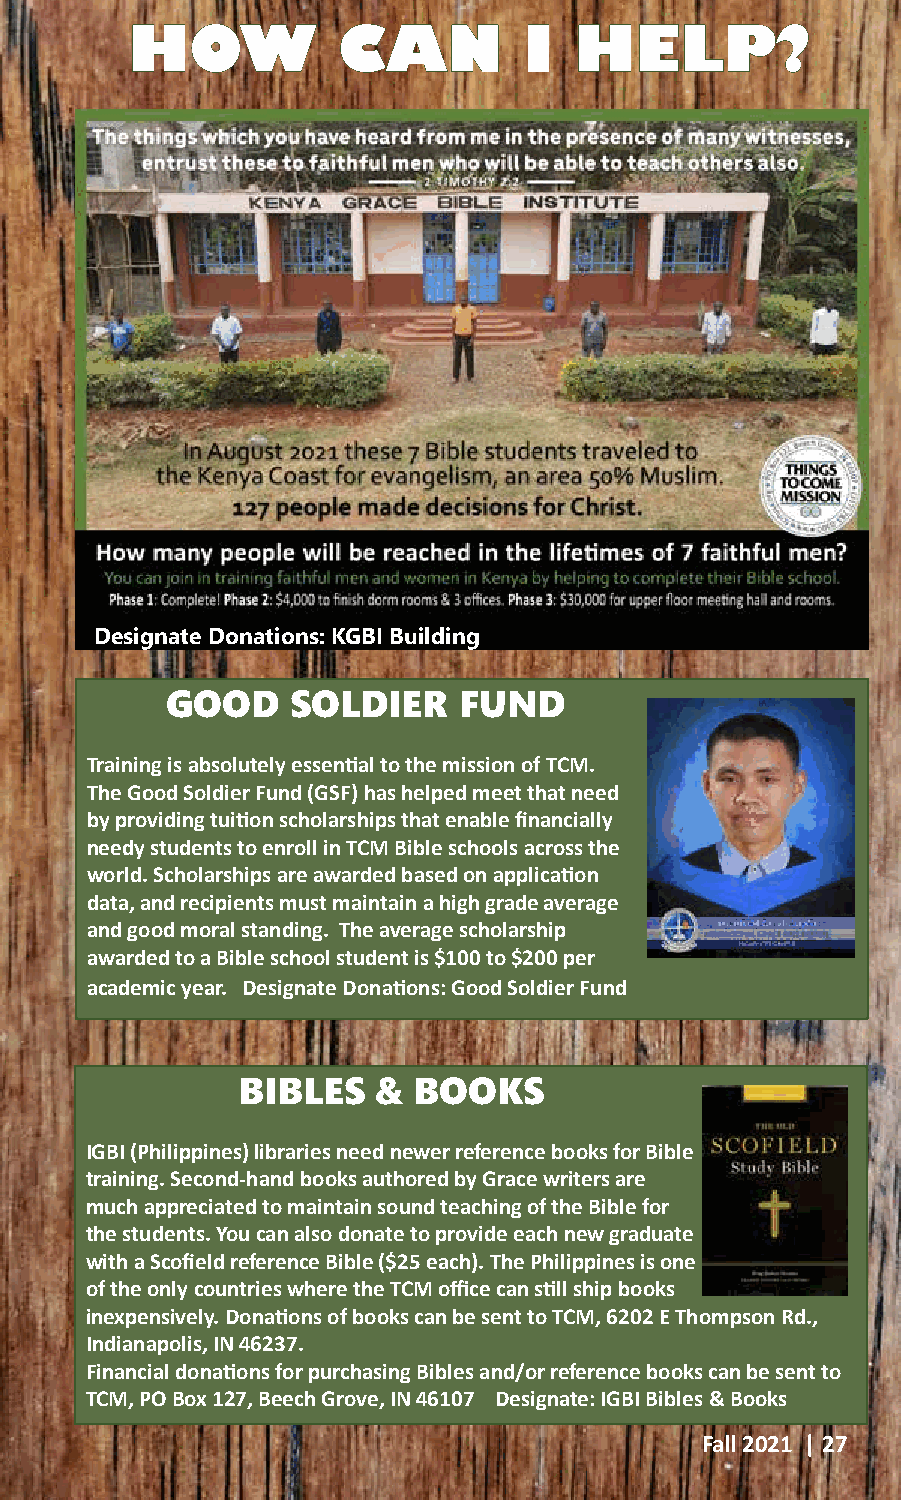
HHOOWW       CCAANN       II HHEELLPP??
 Designate Donations: KGBI Buildingg
 GOOD    SOLDIER    FUND
 Training is absolutely essential to the mission of TCM.
 The Good Soldier Fund (GSF) has helped meet that need
 by providing tuition scholarships that enable financially
 needy students to enroll in TCM Bible schools across the
 world. Scholarships are awarded based on application
 data, and recipients must maintain a high grade average
 and good moral standing. The average scholarship
 awarded to a Bible school student is $100 to $200 per
 academic year. Designate Donations: Good Soldier Fund
 BIBLES   & BOOKS
 IGBI (Philippines) libraries need newer reference books for Bible
 training. Second-hand books authored by Grace writers are
 much appreciated to maintain sound teaching of the Bible for
 the students. You can also donate to provide each new graduate
 with a Scofield reference Bible ($25 each). The Philippines is one
 of the only countries where the TCM office can still ship books
 inexpensively. Donations of books can be sent to TCM, 6202 E Thompson Rd.,
 Indianapolis, IN 46237.
 Financial donations for purchasing Bibles and/or reference books can be sent to
 TCM, PO Box 127, Beech Grove, IN 46107 Designate: IGBI Bibles & Books
 Fall 2021 | 27